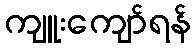
ကျူးကျော်ရန်